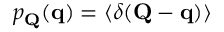
p _ { \mathbf { Q } } ( \mathbf { q } ) = \langle \delta ( \mathbf { Q } - \mathbf { q } ) \rangle